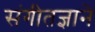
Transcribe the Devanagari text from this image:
संगीतज्ञाने